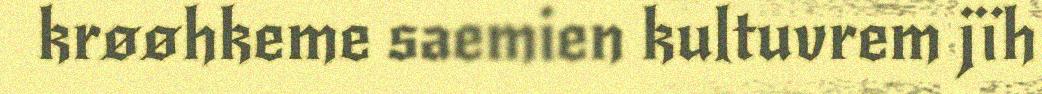
krøøhkeme saemien kultuvrem jïh